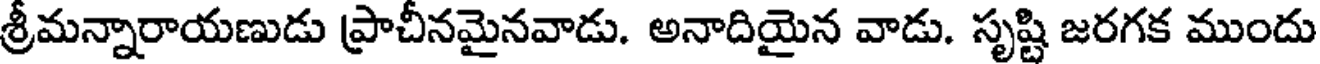
శ్రీమన్నారాయణుడు ప్రాచీనమైనవాడు. అనాదియైన వాడు. సృష్టి జరగక ముందు